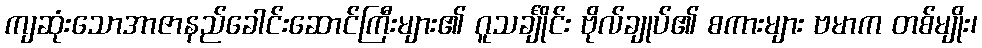
ကျဆုံးသောအာဇာနည်ခေါင်းဆောင်ကြီးများ၏ ဂူသင်္ချိုင်း ဗိုလ်ချုပ်၏ စကားများ ဗမာက တစ်မျိုး၊